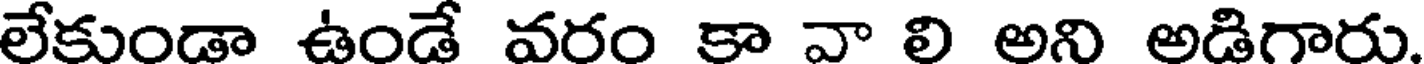
లేకుండా ఉండే వరం కా వా లి అని అడిగారు.